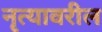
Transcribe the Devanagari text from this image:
नृत्यावरील